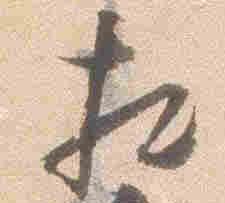
相